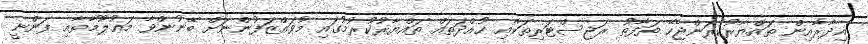
އިދާރާއިން ތައްޔާރުކުރަންޖެހޭ ތަފާތު ރަޖިސްޓަރިތަކާއި ހުއްދަތައް ތައްޔާރުކުރުމުގައި މުވައްޒަފުންނަށް ބޭނުންވާ މަޢުލޫމާތާއި ފަންނީ